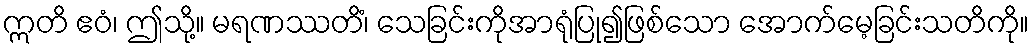
ဣတိ ဧဝံ၊ ဤသို့။ မရဏဿတိံ၊ သေခြင်းကိုအာရုံပြု၍ဖြစ်သော အောက်မေ့ခြင်းသတိကို။